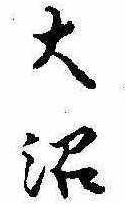
大沼